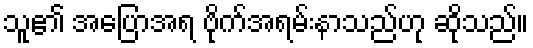
သူ၏ အပြောအရ ဗိုက်အရမ်းနာသည်ဟု ဆိုသည်။